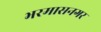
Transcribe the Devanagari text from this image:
भरमासनगर